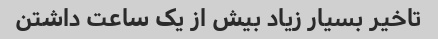
تاخیر بسیار زیاد بیش از یک ساعت داشتن